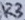
Text: R3